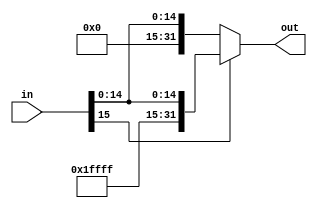
`timescale 1ns / 1ps
//////////////////////////////////////////////////////////////////////////////////
// Company: 
// Engineer: 
// 
// Design Name: 
// Module Name: SignExtension
// Project Name: 
// Target Devices: 
// Tool Versions: 
// Description: 
// 
// Dependencies: 
// 
// Revision:
// Revision 0.01 - File Created
// Additional Comments:
// 
//////////////////////////////////////////////////////////////////////////////////


module SignExtension(in, out);

    /* A 16-Bit input word */
    input [15:0] in;
    
    /* A 32-Bit output word */
    output reg [31:0] out;
    
    always @(*)
    begin
        if (in[15] == 1)
        begin
            out <= {16'b1111111111111111, in};
        end
        else 
        begin
            out <= {16'b0, in};
        end
    end
endmodule